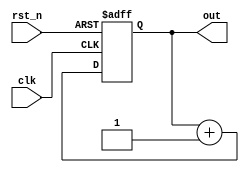
module counter (input clk,
                input rst_n,
                output reg[3:0] out);
  always @ (posedge clk or negedge rst_n)
  begin
    if (!rst_n)
      out <= 0;
    else
      out <= out + 1;
  end
endmodule